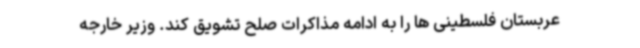
عربستان فلسطینی ها را به ادامه مذاکرات صلح تشویق کند. وزیر خارجه